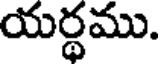
యర్థము.